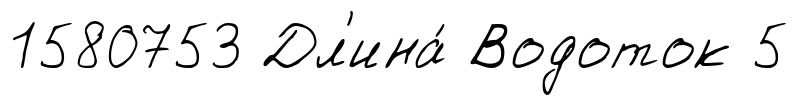
1580753 Дл'ина́ Водоток 5